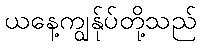
ယနေ့ကျွန်ုပ်တို့သည်